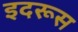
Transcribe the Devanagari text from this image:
इदरूस